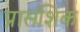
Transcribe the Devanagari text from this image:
प्रासंशिक